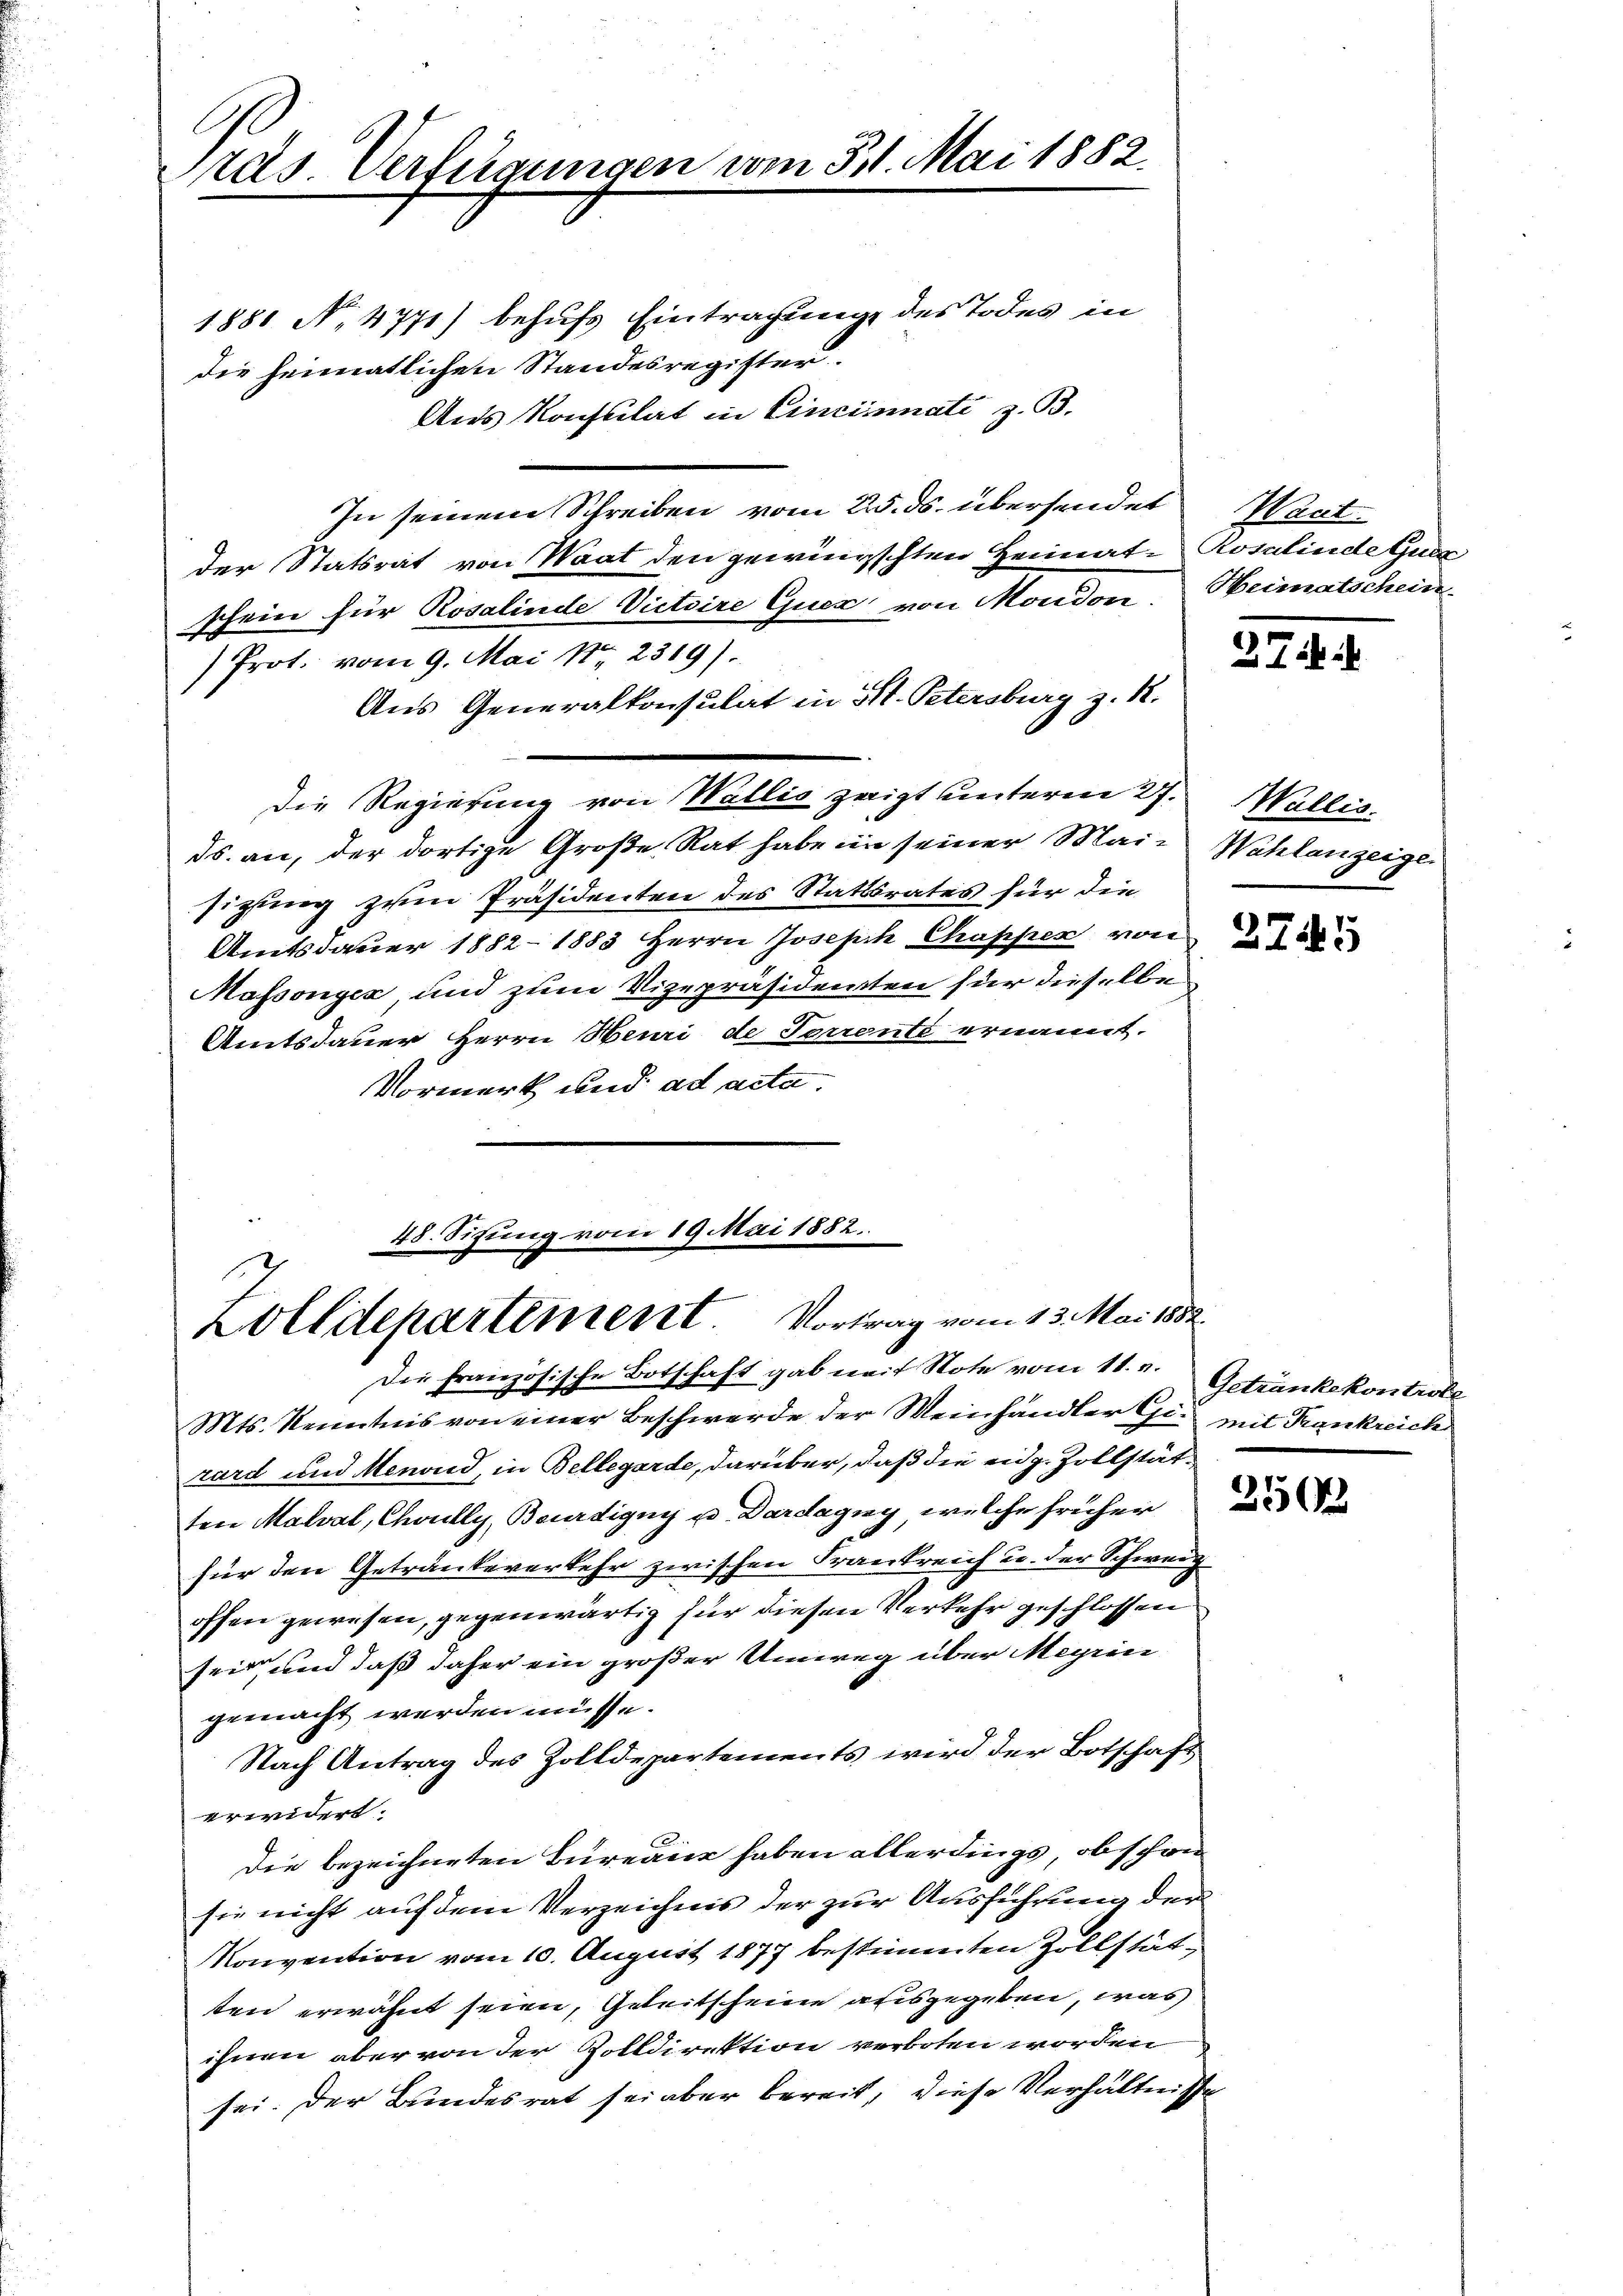
ras Verfügungen vom 31. Mai 1882.

1881 No 4771) behufs Eintragung des Todes in
die heimatlichen Standesregister.
Ans Konsulat in Cincinati z. B.
In seinem Schreiben vom 25. ds. übersendet
der Statsrat von Waat den gewünschten Heimatschein für Rosalinde Victoire Quer von Moudon
u
Prot. vom 9. Mai 187. 2319).
Aus Generalkonsulat in St. Petersburg z. R.
Die Regierung von Wallis zeigt unterm 27.
ds. an, der dortige Große Rat habe in seiner Maisizung zum Präsidenten des Stattsrates für die
Amtsdauer 1882 - 1883 Herrn Joseph Chappen von
Massongex und zum Vizepräsidenten für dieselbe
Amtsdauer Herrn Heuri de Terrente ernannt.
Vormerk und ad acta.

48. Situng vom 19. Mai 1882.
1
Zolldepartement Vortrag vom 13. Mai 1882.
Die Französische Botschaft gab mit Note vom 11. v. Getränkekontrole

Mts. Kenntnis von einer Beschwerde der Meinhandler Gie mit Trankreich
zard und Menoud, in Bellegarde, darüber, daß die eidg. Zollstätten Malval, Choully, Bourdigny u. Dardagny, welche früher
für den Getränkeverkehr zwischen Frankreich u. der Schweiz
offen gewesen, gegenwärtig für diesen Verkehr geschlossen
seid, und daß daher ein großer Umweg über Meyrin
gemacht werden müsse.
Nach Antrag des Zolldepartements wird der Botschaft
erwidert.
Die bezeichneten Bureaur haben allerdings, obschon
sie nicht auf dem Verzeichnis der zur Ausführung der
Konvention vom 10. August 1877 bestimmten Zollstätsten erwähnt seien, Geleitscheine ausgegeben, was
ihnen aber von der Zolldirektion verboten worden
sei. Der Bundesrat sei aber bereit, diese Verhältnisse

Want
Rosalinde Guer
Heimatschein

271.

Wallis.
Wahlanzeige

2745

250